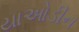
યાઓડીન